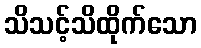
သိသင့်သိထိုက်သော